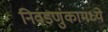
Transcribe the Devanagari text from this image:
निवडणुंकामध्ये